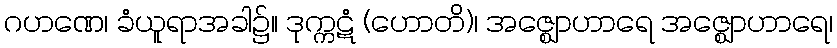
ဂဟဏေ၊ ခံယူရာအခါ၌။ ဒုက္ကဋံ (ဟောတိ)၊ အဇ္ဈောဟာရေ အဇ္ဈောဟာရေ၊